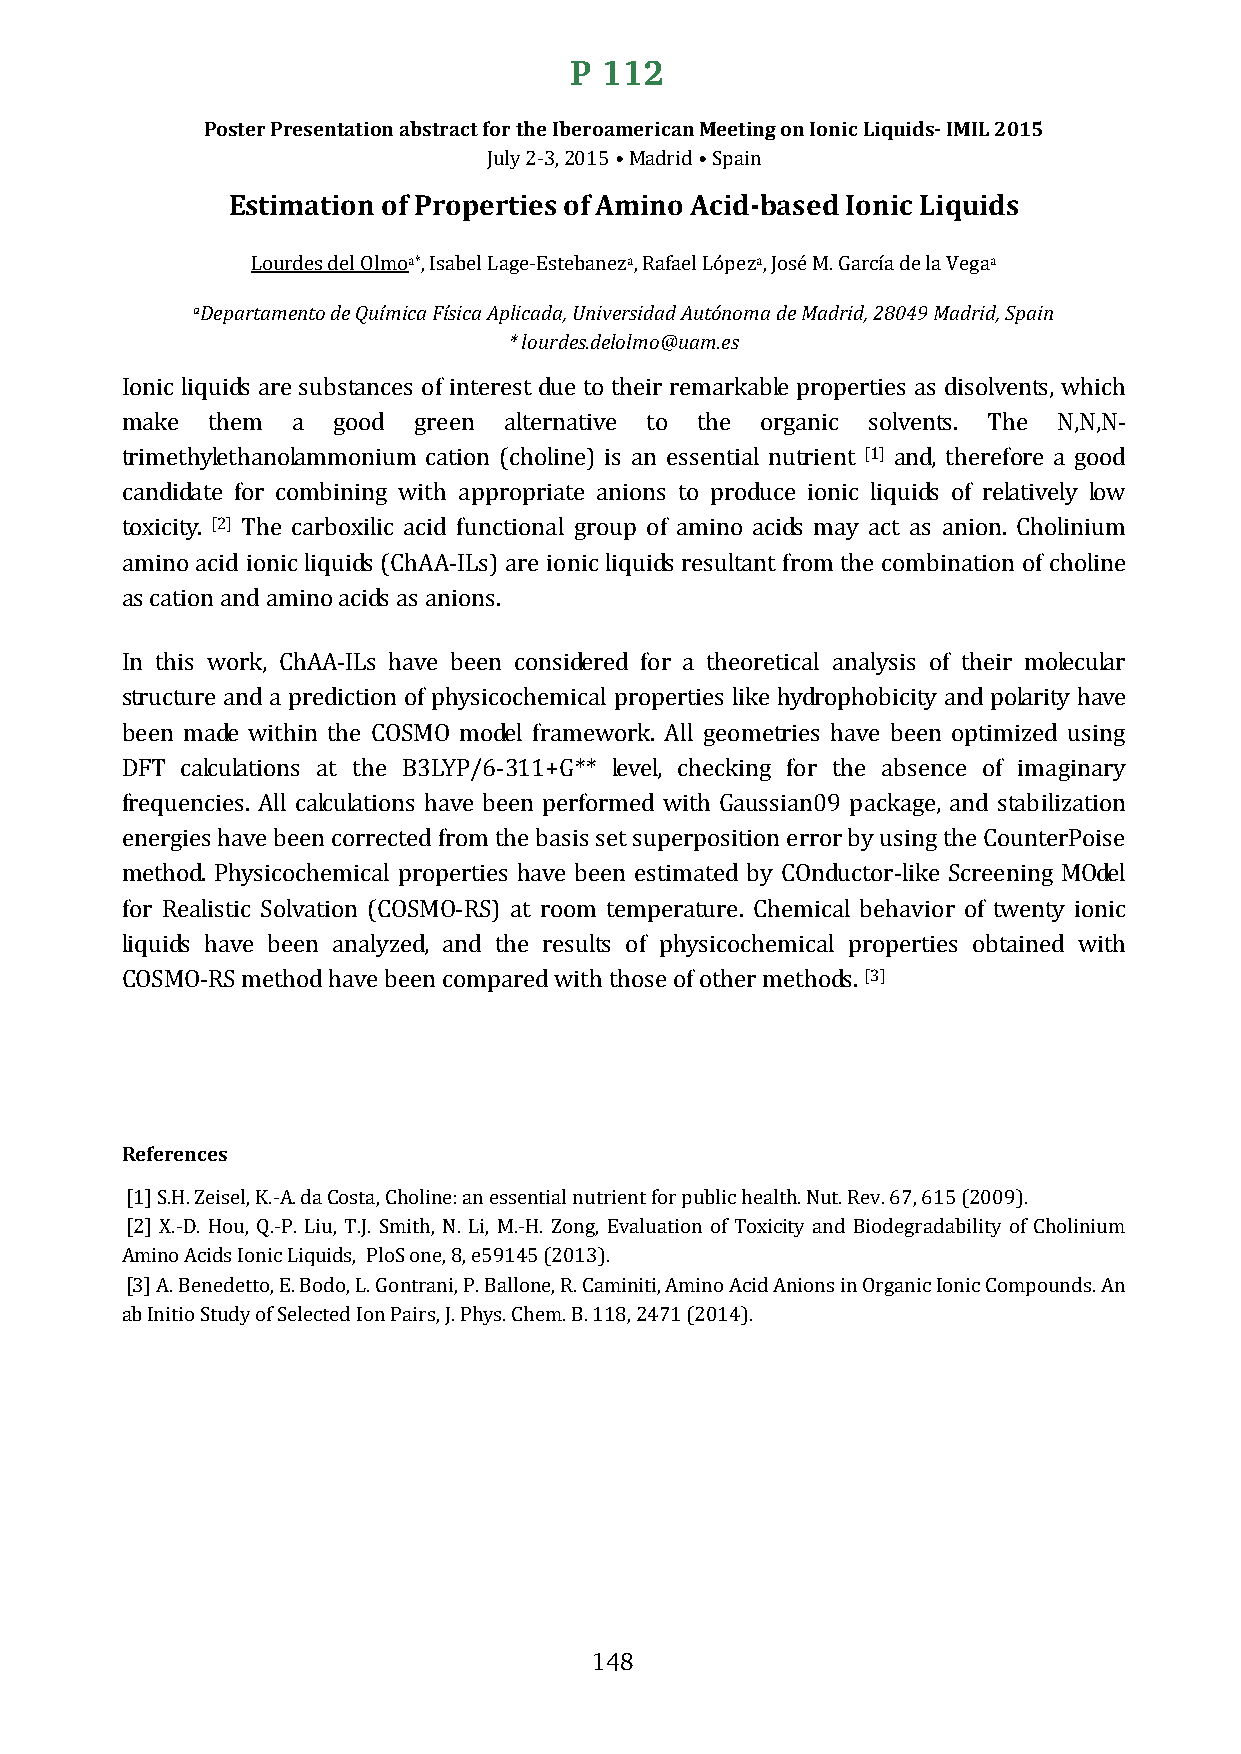
P 112
 Poster Presentation abstract for the Iberoamerican Meeting on Ionic Liquids- IMIL 2015
 July 2-3, 2015 • Madrid • Spain
 Estimation of Properties of Amino Acid-based Ionic Liquids
 Lourdes del Olmoa*, Isabel Lage-Estebaneza, Rafael Lópeza, José M. García de la Vegaa
 aDepartamento de Química Física Aplicada, Universidad Autónoma de Madrid, 28049 Madrid, Spain
 * lourdes.delolmo@uam.es
 Ionic liquids are substances of interest due to their remarkable properties as disolvents, which
 make  them a  good green alternative to the organic solvents. The N,N,N-
 trimethylethanolammonium cation (choline) is an essential nutrient [1] and, therefore a good
 candidate for combining with appropriate anions to produce ionic liquids of relatively low
 toxicity. [2] The carboxilic acid functional group of amino acids may act as anion. Cholinium
 amino acid ionic liquids (ChAA-ILs) are ionic liquids resultant from the combination of choline
 as cation and amino acids as anions.
 In this work, ChAA-ILs have been considered for a theoretical analysis of their molecular
 structure and a prediction of physicochemical properties like hydrophobicity and polarity have
 been made within the COSMO model framework. All geometries have been optimized using
 DFT calculations at the B3LYP/6-311+G** level, checking for the absence of imaginary
 frequencies. All calculations have been performed with Gaussian09 package, and stabilization
 energies have been corrected from the basis set superposition error by using the CounterPoise
 method. Physicochemical properties have been estimated by COnductor-like Screening MOdel
 for Realistic Solvation (COSMO-RS) at room temperature. Chemical behavior of twenty ionic
 liquids have been analyzed, and the results of physicochemical properties obtained with
 COSMO-RS method have been compared with those of other methods. [3]
 References
 [1] S.H. Zeisel, K.-A. da Costa, Choline: an essential nutrient for public health. Nut. Rev. 67, 615 (2009).
 [2] X.-D. Hou, Q.-P. Liu, T.J. Smith, N. Li, M.-H. Zong, Evaluation of Toxicity and Biodegradability of Cholinium
 Amino Acids Ionic Liquids, PloS one, 8, e59145 (2013).
 [3] A. Benedetto, E. Bodo, L. Gontrani, P. Ballone, R. Caminiti, Amino Acid Anions in Organic Ionic Compounds. An
 ab Initio Study of Selected Ion Pairs, J. Phys. Chem. B. 118, 2471 (2014).
 148